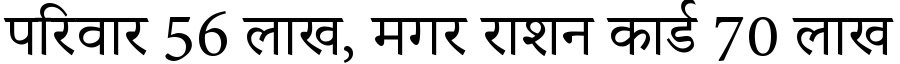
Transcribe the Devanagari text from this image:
परिवार 56 लाख, मगर राशन कार्ड 70 लाख